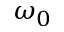
\omega _ { 0 }